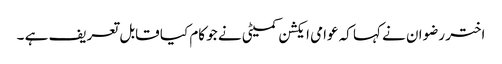
اختر رضوان نے کہا کہ عوامی ایکشن کمیٹی نے جو کام کیا قابل تعریف ہے ۔